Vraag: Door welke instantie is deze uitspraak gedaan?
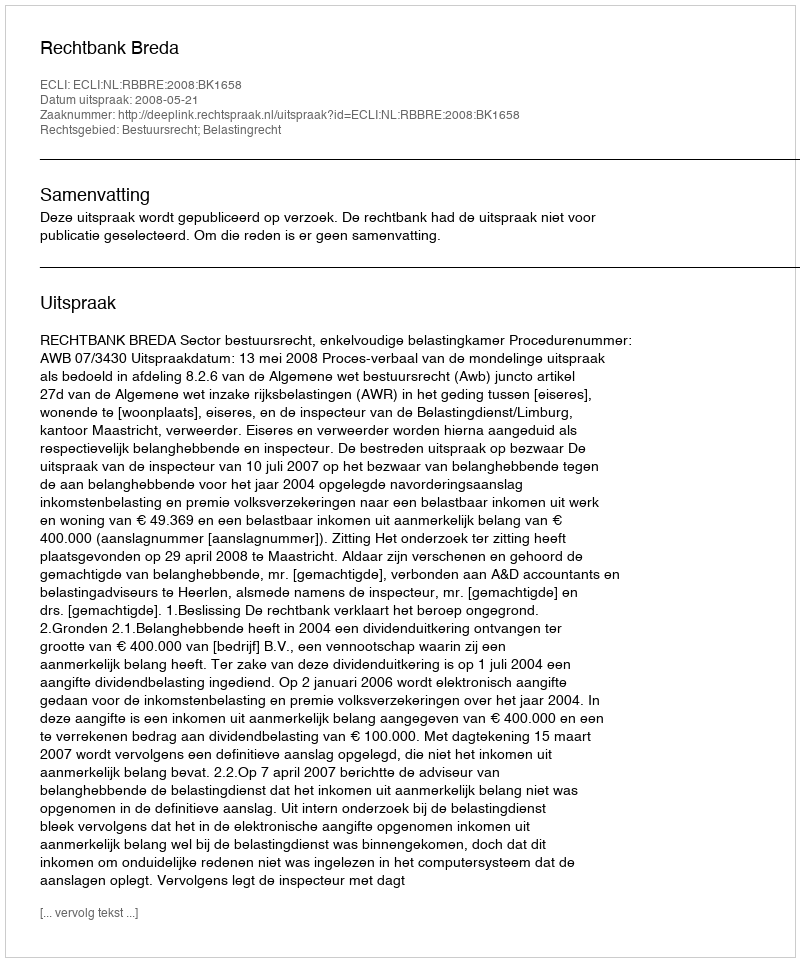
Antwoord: Rechtbank Breda